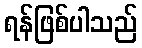
ရန်ဖြစ်ပါသည်